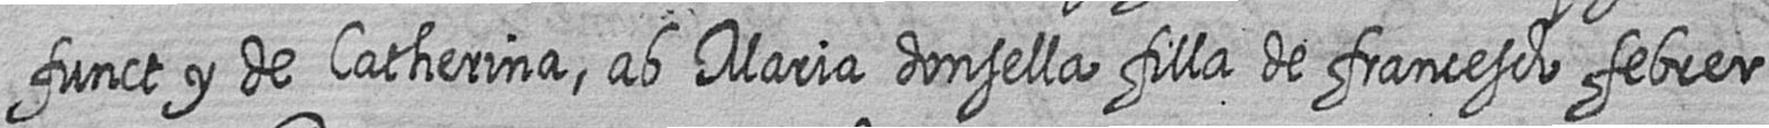
funct y de Catherina ab Maria donsella filla de francesch febrer